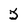
Character: 5